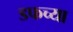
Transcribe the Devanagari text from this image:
डफच्या